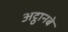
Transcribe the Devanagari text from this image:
अट्ठानबे